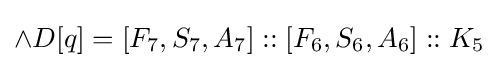
\land D[q]=[F_{7},S_{7},A_{7}]::[F_{6},S_{6},A_{6}]::K_{5}